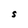
Character: S